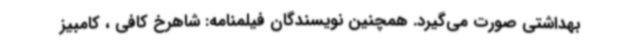
بهداشتی صورت می‌گیرد. همچنین نویسندگان فیلمنامه: شاهرخ کافی ، کامبیز